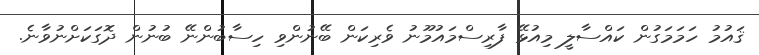
ޤައުމު ހަމަމަގުން ކައްސާލީ މިއުޅޭ ފާރިސްމައުމޫނު ވެރިކަން ބޭނުންވި ހިސާބުންނޭ ބުނުން ދޮގަކަށްނުވާނެ.